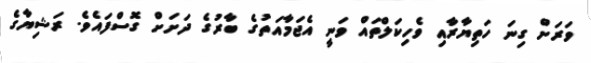
ވަރަށް ގިނަ ހަތިޔާރާއި ވެހިކަލްތައް ވަނީ އެޖަމާއަތުގެ ބާރުގެ ދަށަށް ގޮސްފައެވެ. ރަޝިޔާގެ